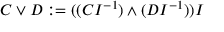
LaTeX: C \vee D : = ( ( C I ^ { - 1 } ) \wedge ( D I ^ { - 1 } ) ) I